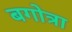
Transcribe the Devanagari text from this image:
बगोत्रा